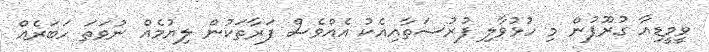
ވީމީޑިއާ ގުރޫޕުން މި ހުޅުވާލި ފުރުސަތާއިއެކު އެއްވެސް ފަރާތަކުން ލިޔުމެއް ނުވަތަ ހަބަރެއް